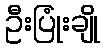
ဦးပြုံးချို